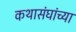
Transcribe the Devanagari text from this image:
कथासंघांच्या